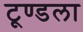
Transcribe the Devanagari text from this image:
टूण्‍डला